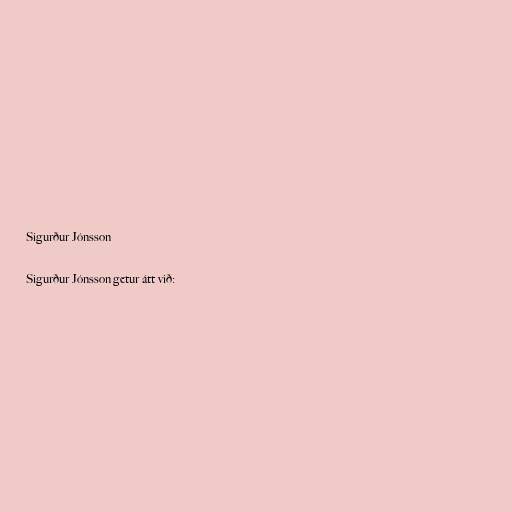
Sigurður Jónsson

Sigurður Jónsson getur átt við: